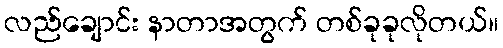
လည်ချောင်း နာတာအတွက် တစ်ခုခုလိုတယ်။